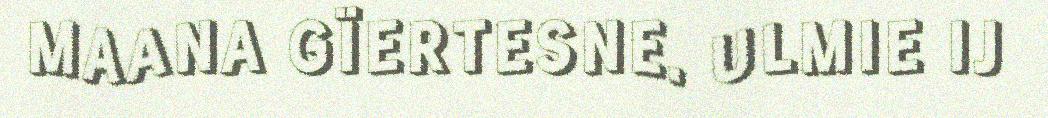
MAANA GÏERTESNE. ULMIE IJ